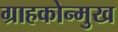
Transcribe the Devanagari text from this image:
ग्राहकोन्मुख